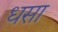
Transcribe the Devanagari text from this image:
धसा